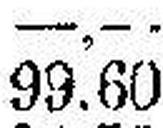
99.60